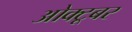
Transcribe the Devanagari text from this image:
ओक्टूबर